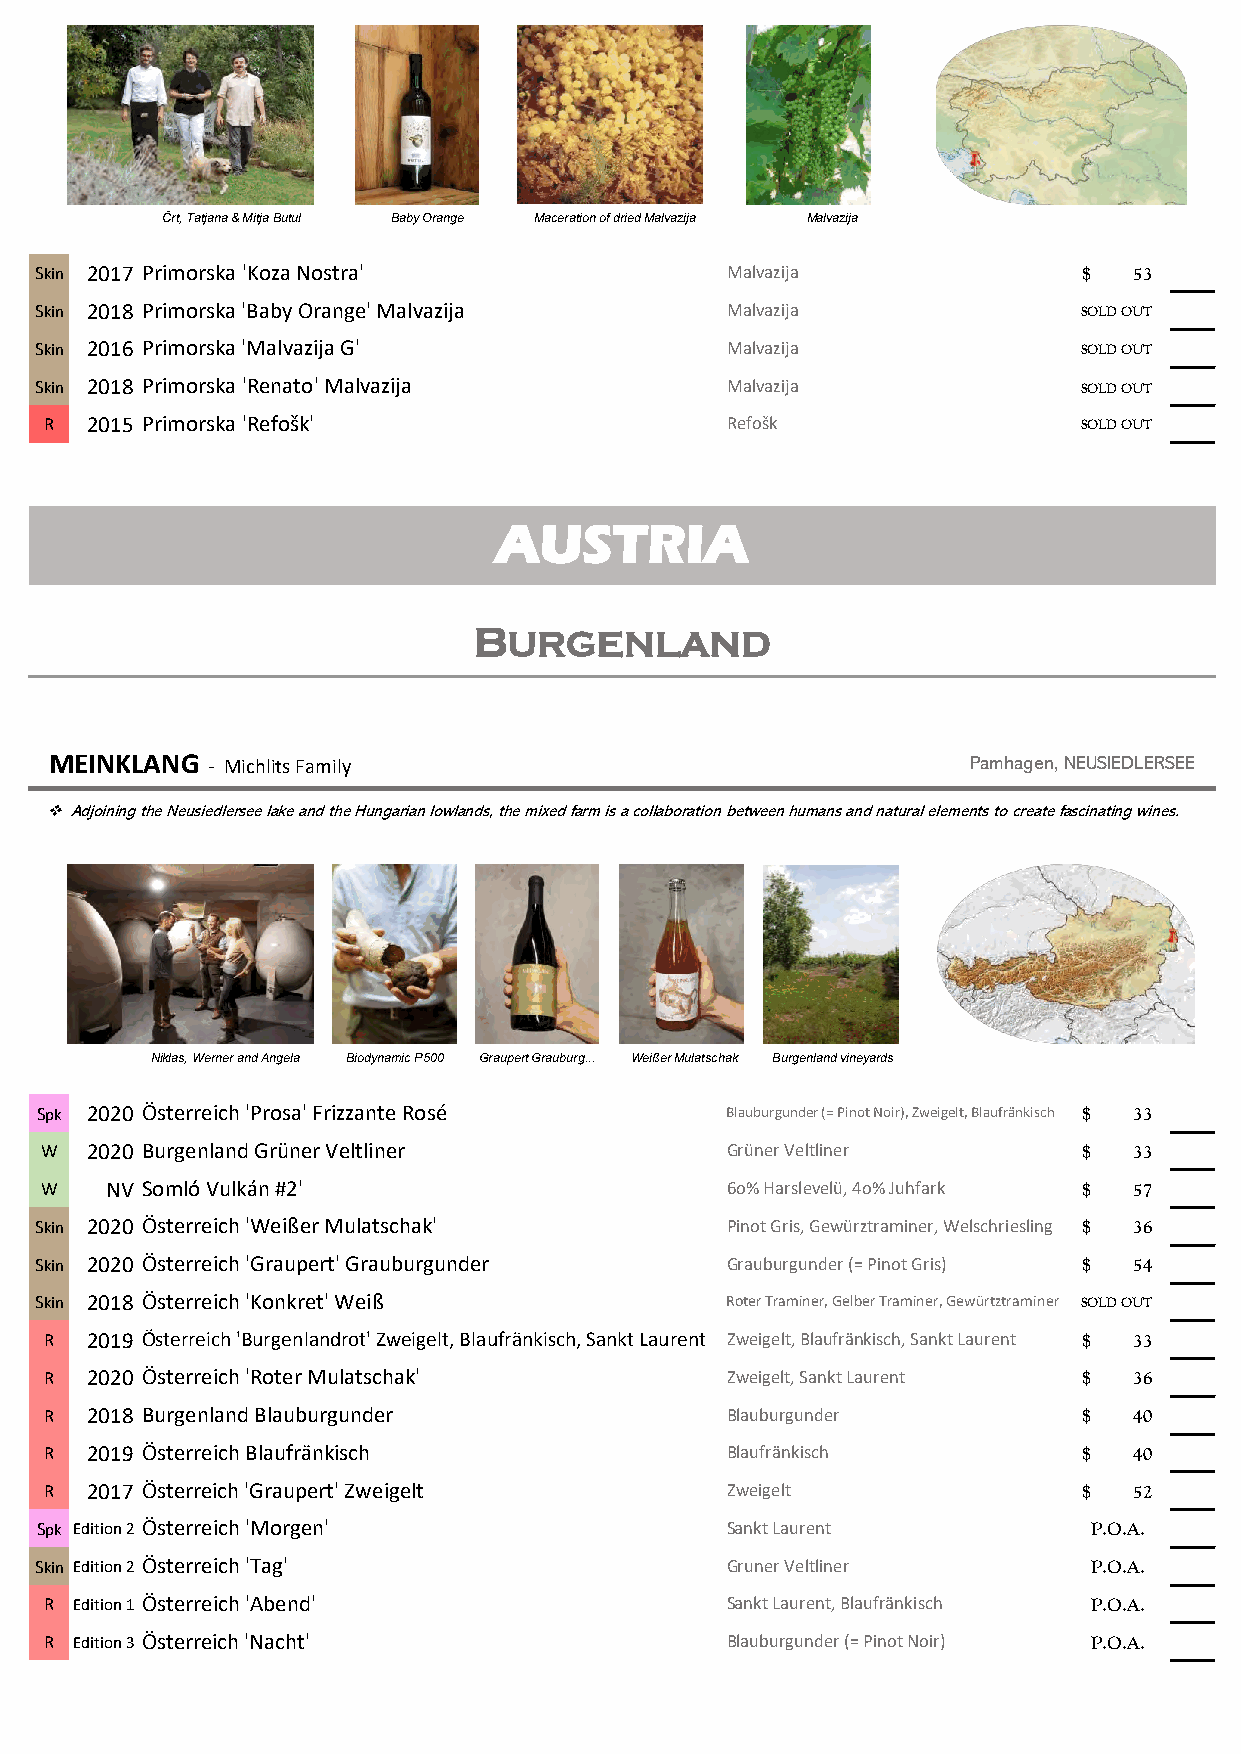
Črt, Tatjana & Mitja Butul Baby Orange Maceration of driedMalvazija Malvazija
 Skin 2017 Primorska 'Koza Nostra'             Malvazija               $  53
 Skin 2018 Primorska 'Baby Orange' Malvazija   Malvazija              SOLD OUT
 Skin 2016 Primorska 'Malvazija G'             Malvazija              SOLD OUT
 Skin 2018 Primorska 'Renato' Malvazija        Malvazija              SOLD OUT
 R  2015 Primorska 'Refošk'                   Refošk                 SOLD OUT
 AUSTRIA
 BURGENLAND
 MEINKLANG  - Michlits Family                                 Pamhagen, NEUSIEDLERSEE
 ❖Adjoining the Neusiedlersee lake and the Hungarian lowlands, the mixed farm is a collaboration between humans and natural elements to create fascinating wines.
 Niklas, Werner and Angela Biodynamic P500 Graupert Grauburg... Weißer Mulatschak Burgenland vineyards
 Spk 2020 Österreich 'Prosa' Frizzante Rosé    Blauburgunder (= Pinot Noir), Zweigelt, Blaufränkisch $ 33
 W  2020 Burgenland Grüner Veltliner          Grüner Veltliner        $  33
 W   NV Somló Vulkán #2'                      6o% Harslevelü, 4o% Juhfark $ 57
 Skin 2020 Österreich 'Weißer Mulatschak'      Pinot Gris, Gewürztraminer, Welschriesling $ 36
 Skin 2020 Österreich 'Graupert' Grauburgunder Grauburgunder (= Pinot Gris) $ 54
 Skin 2018 Österreich 'Konkret' Weiß           Roter Traminer, Gelber Traminer, Gewürtztraminer SOLD OUT
 R  2019 Österreich 'Burgenlandrot' Zweigelt, Blaufränkisch, Sankt Laurent Zweigelt, Blaufränkisch, Sankt Laurent $ 33
 R  2020 Österreich 'Roter Mulatschak'        Zweigelt, Sankt Laurent $  36
 R  2018 Burgenland Blauburgunder             Blauburgunder           $  40
 R  2019 Österreich Blaufränkisch             Blaufränkisch           $  40
 R  2017 Österreich 'Graupert' Zweigelt       Zweigelt                $  52
 Spk Edition 2 Österreich 'Morgen'             Sankt Laurent           P.O.A.
 Skin Edition 2 Österreich 'Tag'               Gruner Veltliner        P.O.A.
 R Edition 1 Österreich 'Abend'               Sankt Laurent, Blaufränkisch P.O.A.
 R Edition 3 Österreich 'Nacht'               Blauburgunder (= Pinot Noir) P.O.A.